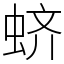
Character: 蛴